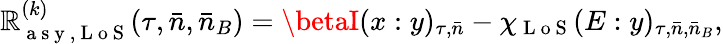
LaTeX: \mathbb{R}_{\mathrm{{~a~s~y~,~L~o~S~}}}^{(k)}(\tau,\bar{{n}},\bar{{n}}_{B})=\betaI(x:y)_{\tau,\bar{{n}}}-\chi_{\mathrm{{~L~o~S~}}}(E:y)_{\tau,\bar{{n}},\bar{{n}}_{B}},